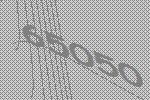
65050